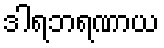
ဒါရဘရဏာယ